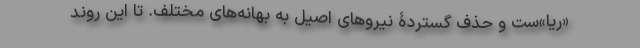
«ریا»ست و حذف گستردۀ نیروهای اصیل به بهانه‌های مختلف. تا این روند